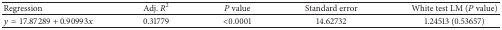
| Regression | Adj. R2 | P value | Standard error | White test LM (P value) |
 | --- | --- | --- | --- | --- |
 | y = 17.87289 + 0.90993x | 0.31779 | <0.0001 | 14.62732 | 1.24513 (0.53657) |